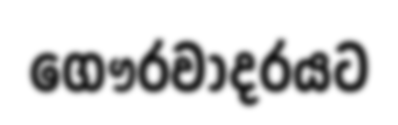
ගෞරවාදරයට